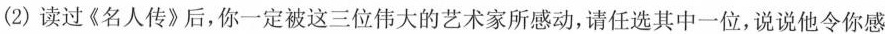
(2)读过《名人传》后，你一定被这三位伟大的艺术家所感动，请任选其中一位，说说他令你感